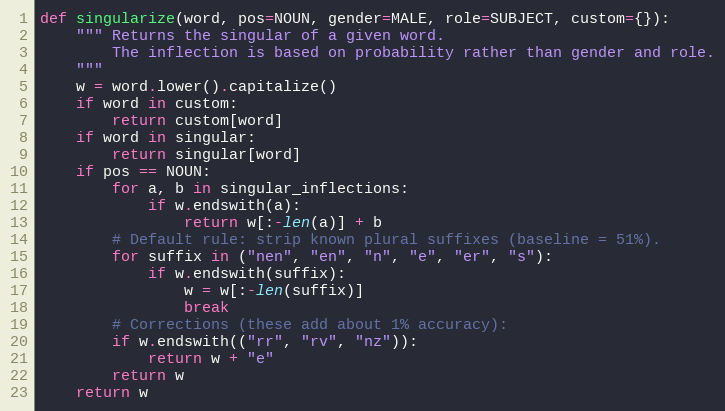
Language: Python
def singularize(word, pos=NOUN, gender=MALE, role=SUBJECT, custom={}):
    """ Returns the singular of a given word.
        The inflection is based on probability rather than gender and role.
    """
    w = word.lower().capitalize()
    if word in custom:
        return custom[word]
    if word in singular:
        return singular[word]
    if pos == NOUN:
        for a, b in singular_inflections:
            if w.endswith(a):
                return w[:-len(a)] + b
        # Default rule: strip known plural suffixes (baseline = 51%).
        for suffix in ("nen", "en", "n", "e", "er", "s"):
            if w.endswith(suffix):
                w = w[:-len(suffix)]
                break
        # Corrections (these add about 1% accuracy):
        if w.endswith(("rr", "rv", "nz")):
            return w + "e"
        return w
    return w